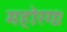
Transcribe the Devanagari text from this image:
महोरगः।